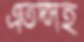
এতদ্সহ